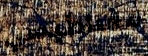
مغناطيسي